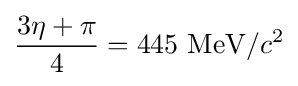
{\frac {3\eta +\pi }{4}}=445~\mathrm {MeV} /c^{2}